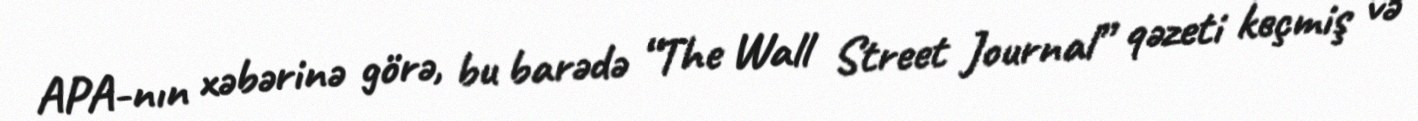
APA-nın xəbərinə görə, bu barədə “The Wall Street Journal” qəzeti keçmiş və